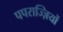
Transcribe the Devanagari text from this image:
पपराज्ज़ियों